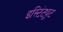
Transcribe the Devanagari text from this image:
इस्टिंट्यूट